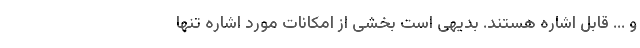
و ... قابل اشاره هستند. بدیهی است بخشی از امکانات مورد اشاره تنها